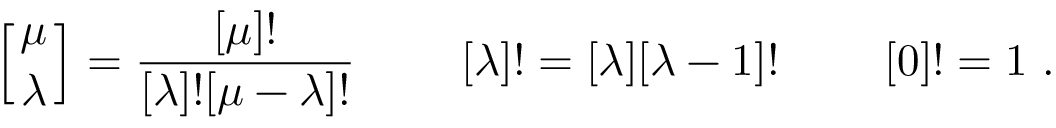
\left[ { \mu \atop \lambda } \right] = { \frac { [ \mu ] ! } { [ \lambda ] ! [ \mu - \lambda ] ! } } \ \qquad [ \lambda ] ! = [ \lambda ] [ \lambda - 1 ] ! \ \qquad [ 0 ] ! = 1 \ .